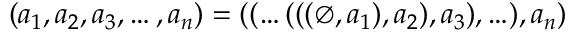
( a _ { 1 } , a _ { 2 } , a _ { 3 } , \ldots , a _ { n } ) = ( ( \ldots ( ( ( \emptyset , a _ { 1 } ) , a _ { 2 } ) , a _ { 3 } ) , \ldots ) , a _ { n } )